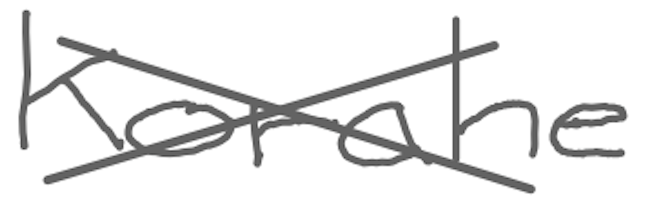
Text: Korahe
Cross-out: cross
Writing tool: digital_gray